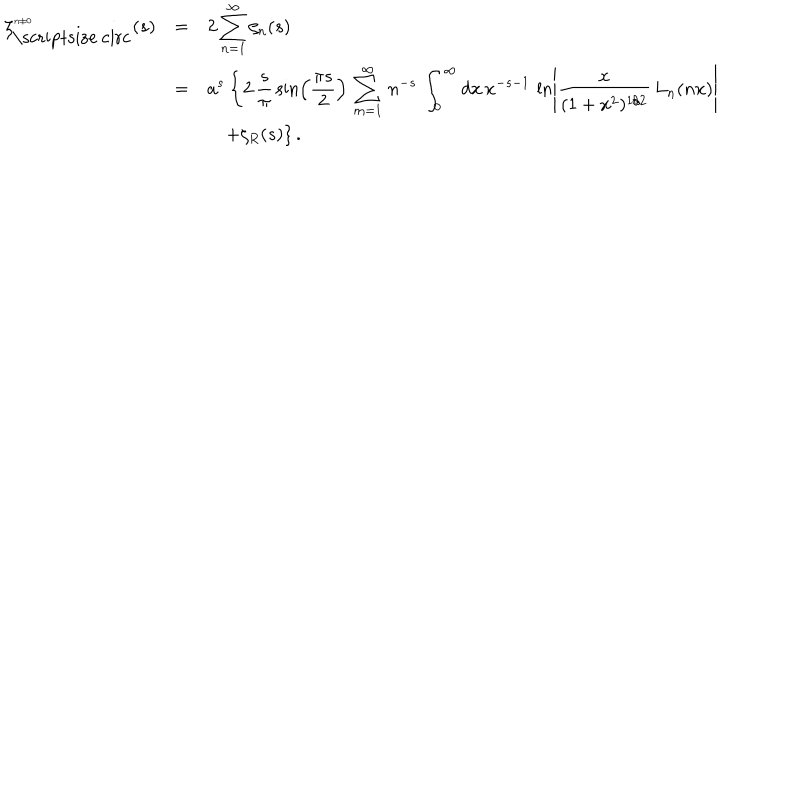
LaTeX: \begin{array} { r c l } { { \displaystyle \zeta _ { \mathrm { \scriptsize ~ c i r c } } ^ { { \scriptsize n \neq 0 } } ( s ) } } & { { = } } & { { \displaystyle 2 \sum _ { n = 1 } ^ { \infty } \zeta _ { n } ( s ) } } \\ { { } } & { { = } } & { { \displaystyle a ^ { s } \left\{ 2 \, { \frac { s } { \pi } } \sin \left( \frac { \pi s } { 2 } \right) \, \sum _ { m = 1 } ^ { \infty } \, n ^ { - s } \, \int _ { 0 } ^ { \infty } d x \, x ^ { - s - 1 } \, \ln \left\vert { \frac { x } { ( 1 + x ^ { 2 } ) ^ { 1 / 2 } } } \, L _ { n } ( n x ) \right\vert \right. } } \\ { { } } & { { } } & { { \displaystyle \hspace { 1 e m } \left. + \zeta _ { R } ( s ) \right\} . } } \\ \end{array}